Lunatic asylums in Bengal annual reports 1899-1911 - 1899-1911
Year: 1899
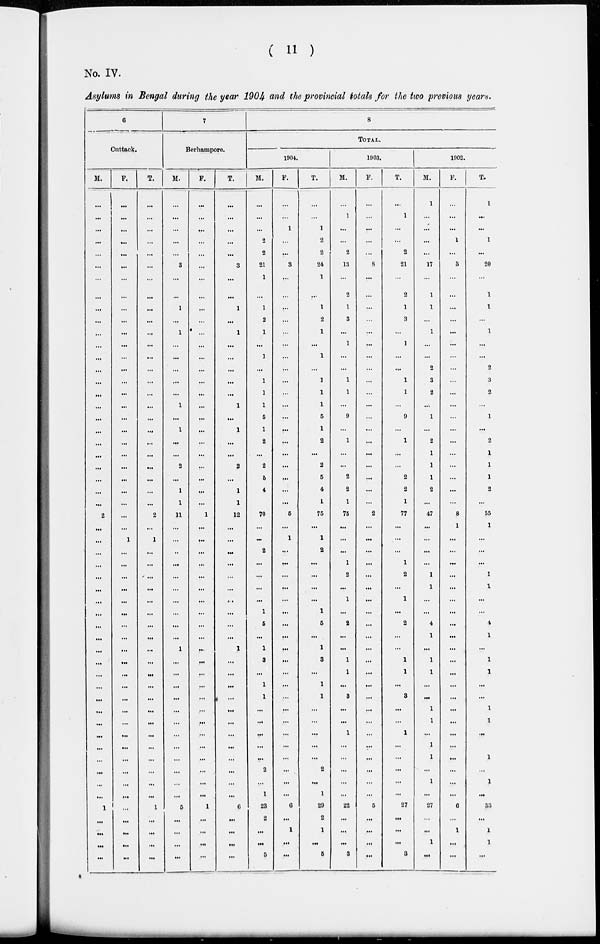
(
11)
No. IV.
Asylums in Bengal during the year 1904 and the provincial totals for the two previous years.
6
Cuttack.
M.
...
...
...
...
...
...
...
...
...
...
...
...
...
...
...
...
...
...
...
...
...
...
...
...
...
2
...
...
...
...
...
...
...
...
...
...
...
...
...
...
...
...
...
...
...
...
...
...
...
1
...
...
...
...
F.
...
...
...
...
...
...
...
...
...
...
...
...
...
...
...
...
...
...
...
...
...
...
...
...
...
...
...
1
...
...
...
...
...
...
...
...
...
...
...
...
...
...
...
...
...
...
...
...
...
...
...
...
...
...
T.
...
...
...
...
...
...
...
...
...
...
...
...
...
...
...
...
...
...
...
...
...
...
...
...
...
2
...
1
...
...
...
...
...
...
...
...
...
...
...
...
...
...
...
...
...
...
...
...
1
...
...
...
...
7
Berhampore.
M.
...
...
...
...
...
3
...
...
1
...
1
...
...
...
...
...
1
...
1
...
...
2
...
1
1
11
...
...
...
...
...
...
...
...
...
...
1
...
...
...
...
...
...
...
...
...
...
...
...
5
...
...
...
...
F.
...
...
...
...
...
...
...
...
...
...
...
...
...
...
...
...
...
...
...
...
...
...
...
...
...
1
...
...
...
...
...
...
...
...
...
...
...
...
...
...
...
...
...
...
...
...
...
...
...
1
...
...
...
...
T.
...
...
...
...
...
3
...
...
1
...
1
...
...
...
...
...
1
...
1
...
...
2
...
1
1
12
...
...
...
...
...
...
...
...
...
...
1
...
...
...
...
...
...
...
...
...
...
...
...
6
...
...
...
...
8
TOTAL.
1904.
M.
...
...
...
2
2
21
1
...
1
2
1
...
1
...
1
1
1
5
1
2
...
2
6
4
1
70
...
...
2
...
...
...
...
1
6
...
1
3
...
1
1
...
...
...
...
...
2
...
1
23
2
...
...
5
F.
...
...
1
...
...
3
...
...
...
...
...
...
...
...
...
...
...
...
...
...
...
...
...
...
...
5
...
1
...
...
...
...
...
...
...
...
...
...
...
...
...
...
...
...
...
...
...
...
...
6
...
1
...
...
T.
...
...
1
2
2
24
1
...
1
2
1
...
1
...
1
1
1
5
1
2
...
2
5
4
1
75
...
1
2
...
...
...
...
1
5
...
1
3
...
1
1
...
...
...
...
...
2
...
1
29
2
1
...
5
1903.
M.
...
1
...
...
2
13
...
2
1
3
...
1
...
...
1
1
...
9
...
1
...
...
2
2
1
75
...
...
...
1
2
...
1
...
2
...
...
1
1
...
3
...
...
1
...
...
...
...
...
22
...
...
...
3
F.
...
...
...
...
...
8
...
...
...
...
...
...
...
...
...
...
...
...
...
...
...
...
...
...
2
...
...
...
...
...
...
...
...
...
...
...
...
...
...
...
...
...
...
...
...
...
...
...
5
...
...
...
...
T.
...
1
...
...
2
21
...
2
1
3
...
]
...
...
1
1
...
9
...
1
...
...
2
2
1
77
...
...
...
1
2
...
1
...
2
...
...
1
1
...
3
...
...
1
...
...
...
...
...
27
...
...
...
3
1902.
M.
1
...
...
...
...
17
...
1
1
...
1
...
...
2
3
2
...
1
...
2
1
1
1
2
...
47
...
...
...
...
1
1
...
...
4
1
...
1
1
...
...
1
1
...
1
1
...
1
...
27
...
...
1
...
F.
...
...
...
1
...
3
...
...
...
...
...
...
...
...
...
...
...
...
...
...
...
...
...
...
...
8
1
...
...
...
...
...
...
...
...
...
...
...
...
...
...
...
...
...
...
...
...
...
...
6
...
1
...
...
T.
1
...
...
1
...
20
...
1
1
...
1
...
...
2
3
2
...
1
...
2
1
1
1
2
...
55
1
...
...
...
1
1
...
...
4
1
...
1
1
...
...
1
1
...
1
...
1
...
33
...
1
1
...